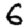
Digit: 6